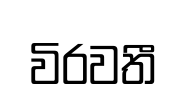
විරවතී